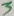
Text: 3